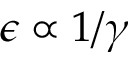
\epsilon \propto 1 / \gamma